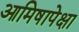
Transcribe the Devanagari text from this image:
आमिषापेक्षा